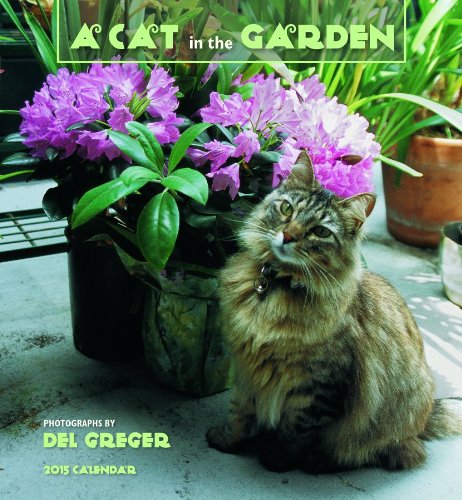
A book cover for A Cat in the Garden 2015 Calendar; Calendars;